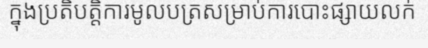
ក្នុងប្រតិបត្តិការមូលបត្រសម្រាប់ការបោះផ្សាយលក់